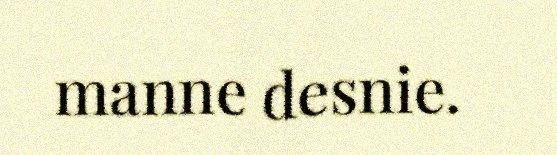
manne desnie.